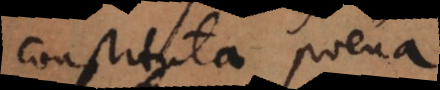
constituta poena,